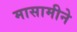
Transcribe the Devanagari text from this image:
मासामीने